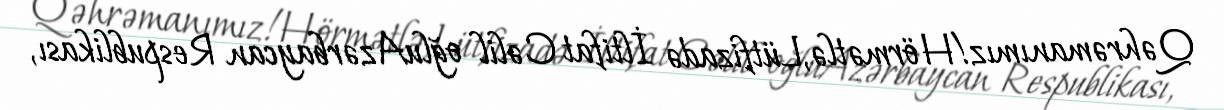
Qəhrəmanımız!Hörmətlə,Lütfizadə İltifat Cəlil oğluAzərbaycan Respublikası,